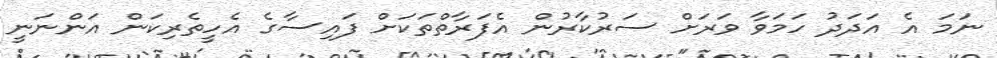
ނަމަ އެ އަދަދު ހަމަވާ ވަރަށް ސަރުކާރުން އެފަރާތްތަކަށް ފައިސާގެ އެހީތެރިކަން އަންނަނީ